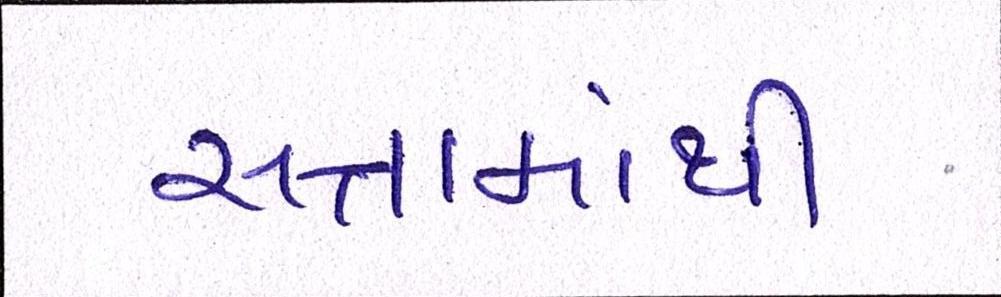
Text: સત્તામાંથી